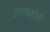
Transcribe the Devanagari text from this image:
टनाबरोबर